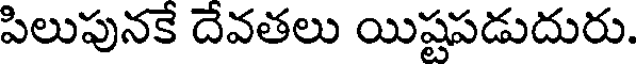
పిలుపునకే దేవతలు యిష్టపడుదురు.